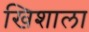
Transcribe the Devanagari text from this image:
खिशाला